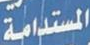
المستدامة